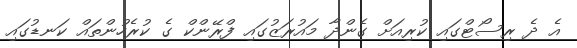
އެ ދެ ރިސޯޓްގައި ކުރިއަށް ގެންދާ މައުރަޒުގައި ފްރޭންކް ގެ ކުރެހުންތައް ކަނޑުގައި